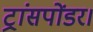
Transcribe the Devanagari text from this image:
ट्रांसपोंडर।